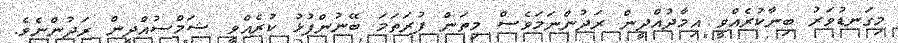
މިގަނޑުވަރު ބިނާކުރެއްވީ އިމާދުއްދީން ރަދުންނަމަވެސް މިތަން ފުރަތަމަ ބޭނުންފުޅު ކުރެއްވީ ޝަމްސުއްދީން ރަދުންނެވެ.